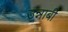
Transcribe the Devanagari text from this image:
उन्नाबी